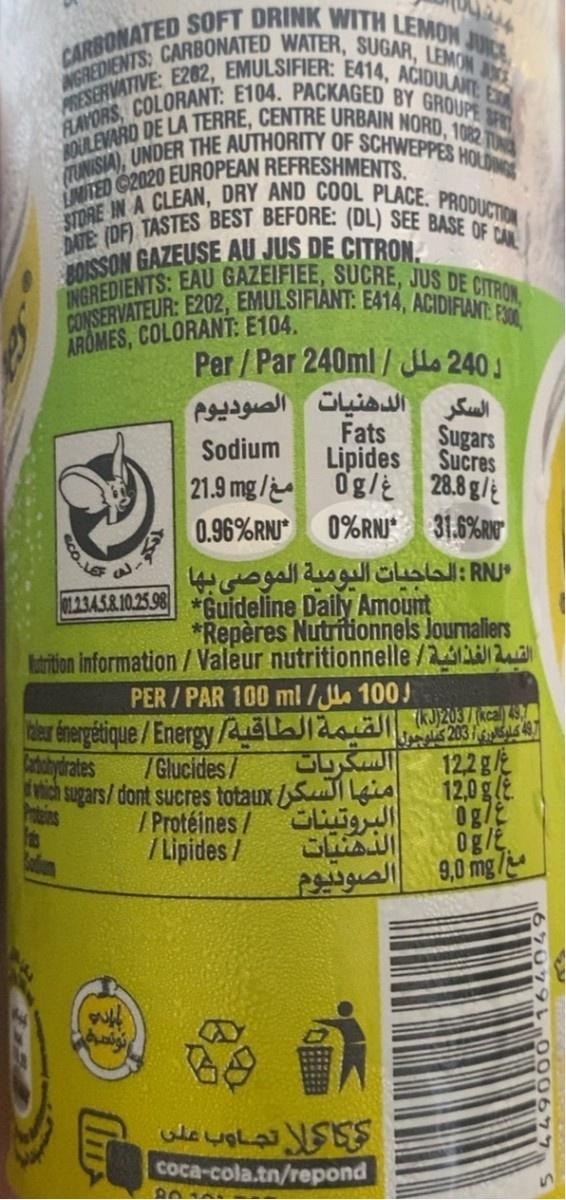
CARBONATED SOFT DRINK WITH LEMON JUNCE NGREDIENTS: CARBONATED WATER, SUGAR, LEMON s PRESERVATIVE: E282, EMULSIFIER: E414, ACIDULANTE EX FLAVORS, COLORANT: E104. PACKAGED BY GROUPE SFR BOULEVARD DE LA TERRE, CENTRE URBAIN NORD, 1082 TONA (TUNISIA), UNDER THE AUTHORITY OF SCHWEPPES HOLDINGS
ED G2020 EUROPEAN REFRESHMENTS.
STORE IN A CLEAN, DRY AND COOL PLACE. PRODUCTION
DATE: (DF) TASTES BEST BEFORE: (DL) SEE BASE OF CAL
BOISSON GAZEUSE AU JUS DE CITRON. CONSERVATEUR: E202, EMULSIFIANT: E414, ACIDIFIANT: ESO0 Per/Par 240ml/ Jlo 240J
INGREDIENTS: EAU GAZEIFIEE, SUCRE, JUS DE CITRON,
AROMES, COLORANT: E104.
الدهنيات الصوديوم
السكر
Fats
Sugars Sucres
Sodium
Lipides
21.9 mg/ Og/
28.8 g/
0.96%RNU
0%RNJ
31.6%R
*Guideline Daily Amount *Repères Nutritionnels Journaliers latrion information/ Valeur nutritionnelle/2/2
O2345&.10.25.98
PER / PAR 100 ml /. 100J
(RJ)203/cal 4
aler énergétique/Energy /adldai 203 5 122g 12.0g 0g/ Og/E 9,0 mg/
السكريات ich sugars/dont sucres totaux S Lis / Protéines / Guigull
Catshydrates
/Glucides/
Patins
/ Lipides /
Coca-cola.tn/repond
000677
CO.L